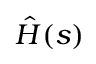
\hat { H } ( s )